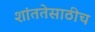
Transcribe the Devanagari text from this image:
शांततेसाठीच